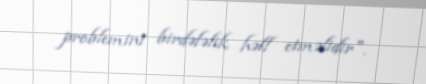
problemini birdəfəlik həll etməlidir".